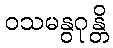
ဝသမနွဂုန္တိ